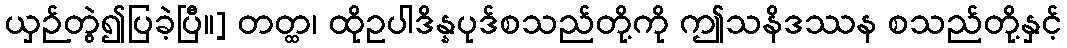
ယှဉ်တွဲ၍ပြခဲ့ပြီ။] တတ္ထ၊ ထိုဥပါဒိန္နပုဒ်စသည်တို့ကို ဤသနိဒဿန စသည်တို့နှင့်